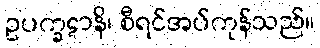
ဥပက္ခဋာနိ၊ စီရင်အပ်ကုန်သည်။